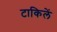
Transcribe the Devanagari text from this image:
टाकिलें